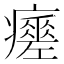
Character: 𤻸